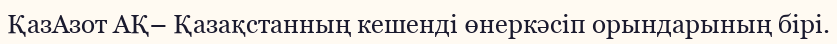
ҚазАзот АҚ– Қазақстанның кешенді өнеркәсіп орындарының бірі.